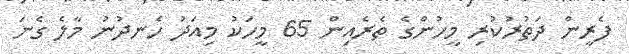
ފެރީން ދަތުރުކުރި މީހުންގެ ތެރެއިން 65 މީހަކު މިއަދު ހެނދުނު މާލެ ގެނަ